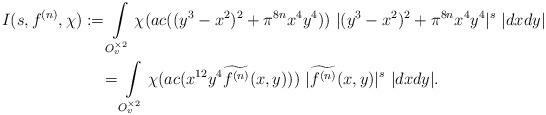
LaTeX: \begin{gather*}I(s,f^{(n)},\chi):=\int\limits_{O_v^{\times 2}}\chi(ac ((y^3-x^2)^2+\pi^{8n}x^4y^4))\ |(y^3-x^2)^2+\pi^{8n}x^4y^4|^s\ |dxdy|\\=\int\limits_{O_v^{\times 2}}\chi(ac (x^{12}y^4\widetilde{f^{(n)}}(x,y)))\ |\widetilde{f^{(n)}}(x,y)|^s\ |dxdy|.\end{gather*}